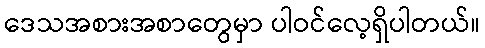
ဒေသအစားအစာတွေမှာ ပါဝင်လေ့ရှိပါတယ်။